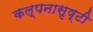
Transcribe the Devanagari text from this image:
कल्पनासृष्टी